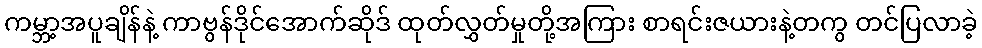
ကမ္ဘာ့အပူချိန်နဲ့ ကာဗွန်ဒိုင်အောက်ဆိုဒ် ထုတ်လွှတ်မှုတို့အကြား စာရင်းဇယားနဲ့တကွ တင်ပြလာခဲ့